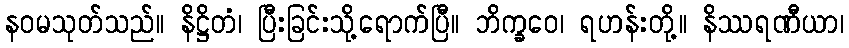
နဝမသုတ်သည်။ နိဋ္ဌိတံ၊ ပြီးခြင်းသို့ရောက်ပြီ။ ဘိက္ခဝေ၊ ရဟန်းတို့။ နိဿရဏီယာ၊